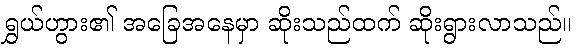
ရွှယ်ဟွား၏ အခြေအနေမှာ ဆိုးသည်ထက် ဆိုးရွားလာသည်။